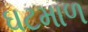
ઘટમાળ